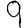
Digit: 9